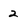
Character: 2